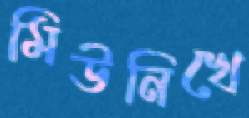
মিউনিখে